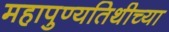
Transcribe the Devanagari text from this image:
महापुण्यतिथीच्या